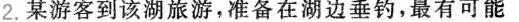
2.某游客到该湖旅游，准备在湖边垂钓，最有可能